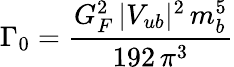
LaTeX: \Gamma_{0}={\frac{G_{F}^{2}\, |V_{ub}|^{2}\, m_{b}^{5}}{192\, \pi^{3}}}